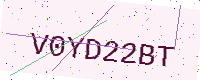
Text: V0YD22BT